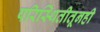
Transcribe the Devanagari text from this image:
परिस्थितीतूनही